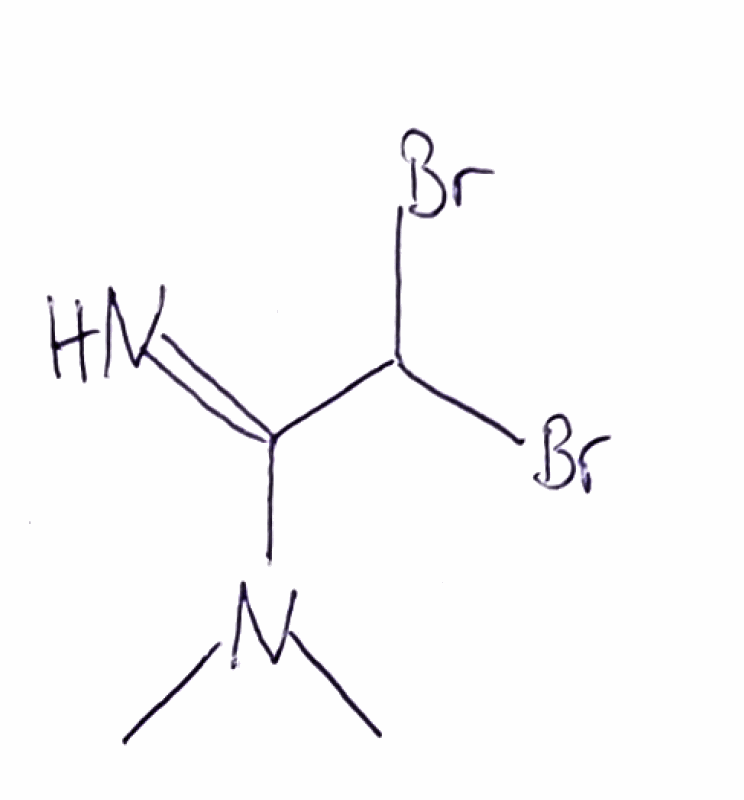
Simplified molecular-input line-entry system (SMILES) notation of the given molecule:
CN(C)C(=N)C(Br)Br